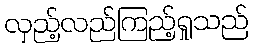
လှည့်လည်ကြည့်ရှုသည်